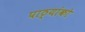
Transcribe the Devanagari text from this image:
पाठ्यांको